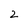
Character: 2